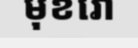
មុខរោ